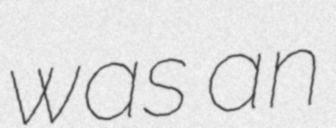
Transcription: was an